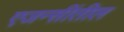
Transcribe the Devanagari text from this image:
एजन्सींतील